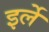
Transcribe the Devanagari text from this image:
इर्ले